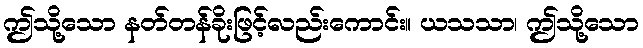
ဤသို့သော နတ်တန်ခိုးဖြင့်လည်းကောင်း။ ယသသာ၊ ဤသို့သော